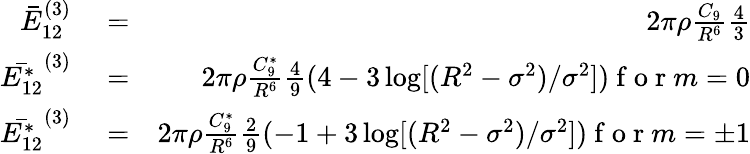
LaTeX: \begin{array}{rlr}{\bar{E}_{12}^{(3)}}&{{}=}&{2\pi\rho\frac{C_{9}}{R^{6}}\frac{4}{3}}\\ {\bar{E_{12}^{*}}^{(3)}}&{{}=}&{2\pi\rho\frac{C_{9}^{*}}{R^{6}}\frac{4}{9}(4-3\log[(R^{2}-\sigma^{2})/\sigma^{2}])\mathrm{~f~o~r~}m=0}\\ {\bar{E_{12}^{*}}^{(3)}}&{{}=}&{2\pi\rho\frac{C_{9}^{*}}{R^{6}}\frac{2}{9}(-1+3\log[(R^{2}-\sigma^{2})/\sigma^{2}])\mathrm{~f~o~r~}m=\pm 1}\end{array}